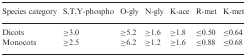
| Species category | S,T,Y-phospho | O-gly | N-gly | K-ace | R-met | K-met |
 | --- | --- | --- | --- | --- | --- | --- |
 | Dicots | ≥3.0 | ≥5.2 | ≥1.6 | ≥1.8 | ≤0.50 | ≤0.64 |
 | Monocots | ≥2.5 | ≥6.2 | ≥1.2 | ≥1.6 | ≤0.88 | ≤0.68 |